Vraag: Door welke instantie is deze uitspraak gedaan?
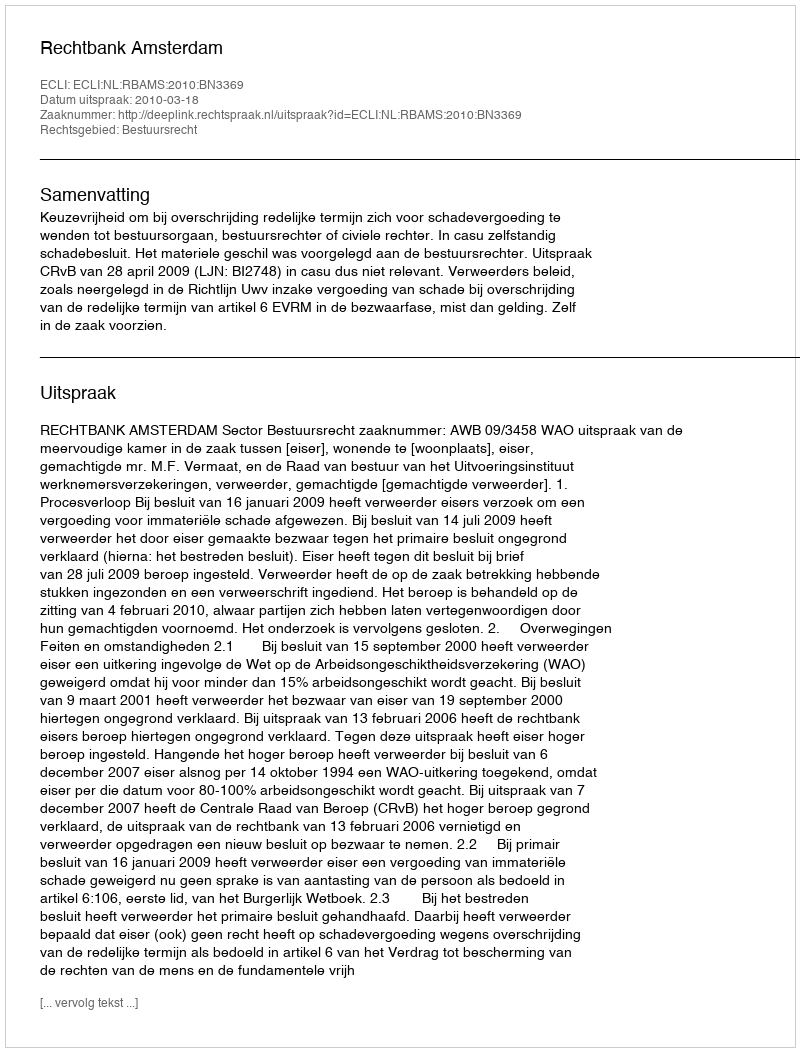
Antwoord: Rechtbank Amsterdam